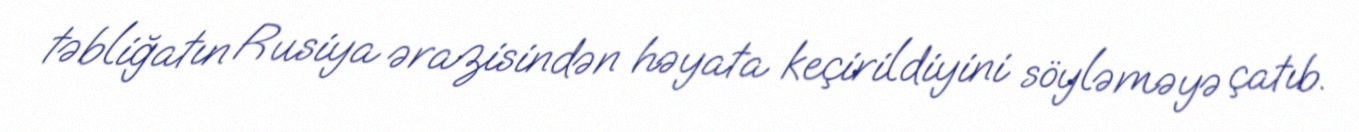
təbliğatın Rusiya ərazisindən həyata keçirildiyini söyləməyə çatıb.